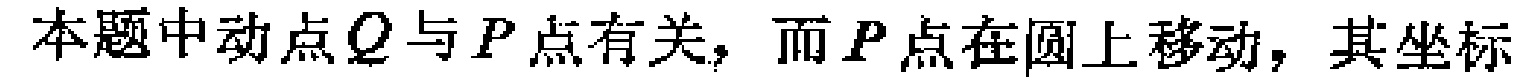
本题中动点\(Q\)与\(P\)点有关，而\(P\)点在圆上移动，其坐标